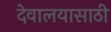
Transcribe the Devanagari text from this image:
देवालयासाठी